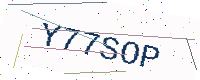
Text: Y77SOP